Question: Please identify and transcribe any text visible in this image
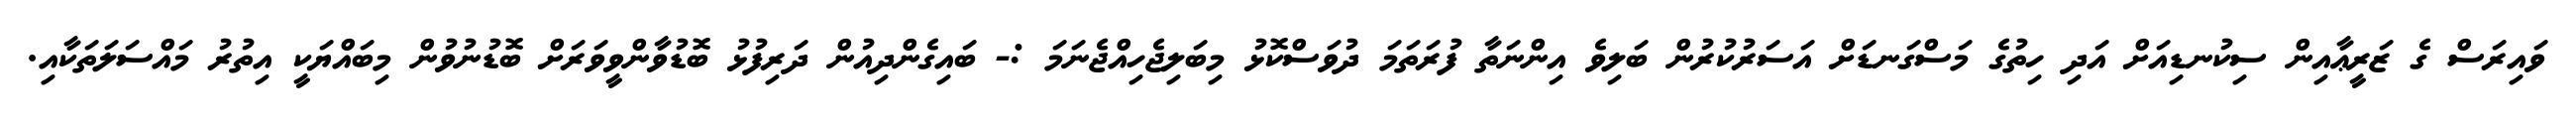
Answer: ވައިރަސް ގެ ޒަރީޢާއިން ސިކުނޑިއަށް އަދި ހިތުގެ މަސްގަނޑަށް އަސަރުކުރުން ބަލިވެ އިންނަތާ ފުރަތަމަ ދުވަސްކޮޅު މިބަލިޖެހިއްޖެނަމަ :- ބައިގެންދިއުން ދަރިފުޅު ބޮޑުވާންވީވަރަށް ބޮޑުނުވުން މިބައްޔަކީ އިތުރު މައްސަލަތަކާއި.